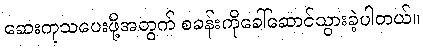
ဆေးကုသပေးဖို့အတွက် စခန်းကိုခေါ်ဆောင်သွားခဲ့ပါတယ်။